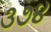
૩૭૪